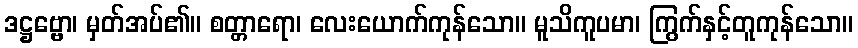
ဒဋ္ဌဗ္ဗော၊ မှတ်အပ်၏။ စတ္တာရော၊ လေးယောက်ကုန်သော။ မူသိကူပမာ၊ ကြွက်နှင့်တူကုန်သော။